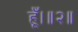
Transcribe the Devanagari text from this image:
हूँ।॥२॥